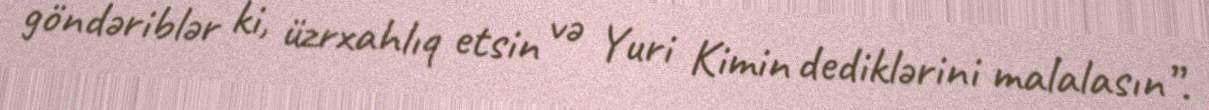
göndəriblər ki, üzrxahlıq etsin və Yuri Kimin dediklərini malalasın”.